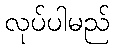
လုပ်ပါမည်